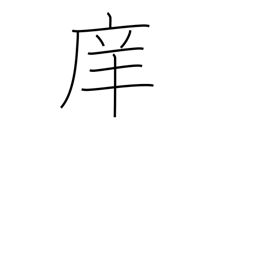
Meaning: school